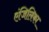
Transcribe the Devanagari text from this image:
एंजिलिका